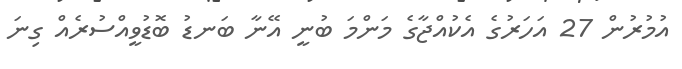
އުމުރުން 27 އަހަރުގެ އެކުއްޖާގެ މަންމަ ބުނީ އޭނާ ބަނޑު ބޮޑުވީއްސުރެއް ގިނަ